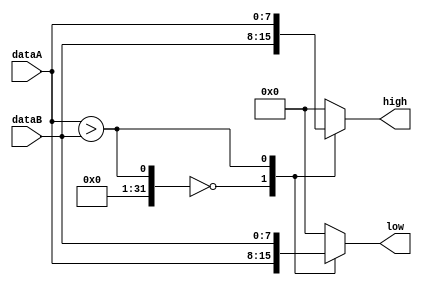
module MedianComporator #(
    parameter DATA_WIDTH = 8
)(  
    input wire [DATA_WIDTH-1:0] dataA,
    input wire [DATA_WIDTH-1:0] dataB,

    output reg [DATA_WIDTH-1:0] high,
    output reg [DATA_WIDTH-1:0] low
);

    always @(*) begin
        case(dataA > dataB)
            0: begin
                high <= dataB;
                low <= dataA;
            end

            1:begin
                high <= dataA;
                low <= dataB;
            end

            default: begin
                high <= {DATA_WIDTH{1'b0}};
                low <= {DATA_WIDTH{1'b0}};
            end
        endcase
    
    end

endmodule